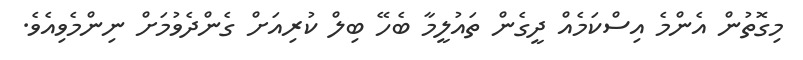
މިގޮތުން އެންމެ އިސްކަމެއް ދީގެން ތައުލީމާ ބެހޭ ބިލް ކުރިއަށް ގެންދެވުމަށް ނިންމެވިއެވެ.